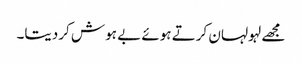
مجھے لہولہان کرتے ہوئے بے ہوش کردیتا۔